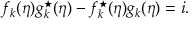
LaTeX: f _ { k } ( \eta ) g _ { k } ^ { \star } ( \eta ) - f _ { k } ^ { \star } ( \eta ) g _ { k } ( \eta ) = i .